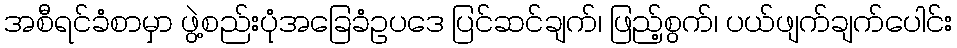
အစီရင်ခံစာမှာ ဖွဲ့စည်းပုံအခြေခံဥပဒေ ပြင်ဆင်ချက်၊ ဖြည့်စွက်၊ ပယ်ဖျက်ချက်ပေါင်း